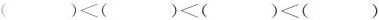
()<()<()<()